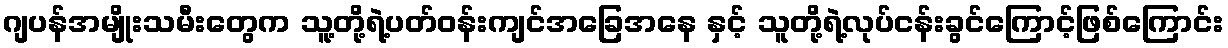
ဂျပန်အမျိုးသမီးတွေက သူ့တို့ရဲ့ပတ်ဝန်းကျင်အခြေအနေ နှင့် သူတို့ရဲ့လုပ်ငန်းခွင်ကြောင့်ဖြစ်ကြောင်း